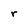
Character: r